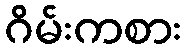
ဂိမ်းကစား